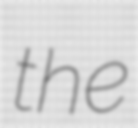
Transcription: the